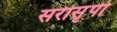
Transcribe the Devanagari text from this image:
सरीसृपी